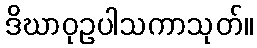
ဒိဃာဝုဥပါသကာသုတ်။